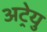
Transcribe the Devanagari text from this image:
अट्रेयु